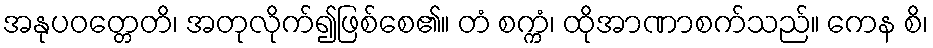
အနုပဝတ္တေတိ၊ အတုလိုက်၍ဖြစ်စေ၏။ တံ စက္ကံ၊ ထိုအာဏာစက်သည်။ ကေန စိ၊